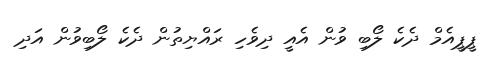
ޕީޕީއެމް ދެކެ ލޯބި ވުން އެއީ ދިވެހި ރައްޔިތުން ދެކެ ލޯބިވުން އަދި